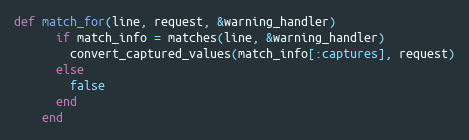
Language: Ruby
def match_for(line, request, &warning_handler)
      if match_info = matches(line, &warning_handler)
        convert_captured_values(match_info[:captures], request)
      else
        false
      end
    end